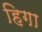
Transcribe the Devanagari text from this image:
हिगा